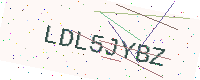
Text: LDL5JYBZ